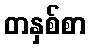
တနှစ်စာ